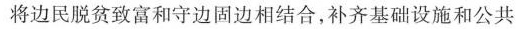
将边民脱贫致富和守边固边相结合，补齐基础设施和公共